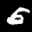
Label: 5